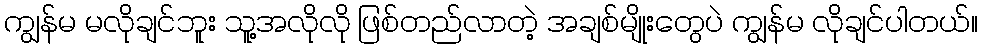
ကျွန်မ မလိုချင်ဘူး သူ့အလိုလို ဖြစ်တည်လာတဲ့ အချစ်မျိုးတွေပဲ ကျွန်မ လိုချင်ပါတယ်။